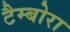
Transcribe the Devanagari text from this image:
टैम्बोरा